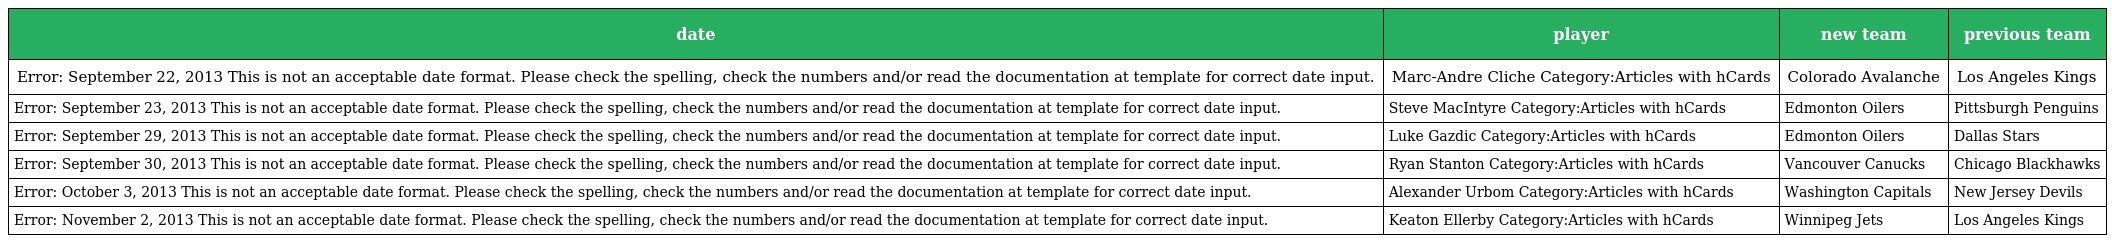
| date | player | new team | previous team |
 | --- | --- | --- | --- |
 | Error: September 22, 2013 This is not an acceptable date format. Please check the spelling, check the numbers and/or read the documentation at template for correct date input. | Marc-Andre Cliche Category:Articles with hCards | Colorado Avalanche | Los Angeles Kings |
 | Error: September 23, 2013 This is not an acceptable date format. Please check the spelling, check the numbers and/or read the documentation at template for correct date input. | Steve MacIntyre Category:Articles with hCards | Edmonton Oilers | Pittsburgh Penguins |
 | Error: September 29, 2013 This is not an acceptable date format. Please check the spelling, check the numbers and/or read the documentation at template for correct date input. | Luke Gazdic Category:Articles with hCards | Edmonton Oilers | Dallas Stars |
 | Error: September 30, 2013 This is not an acceptable date format. Please check the spelling, check the numbers and/or read the documentation at template for correct date input. | Ryan Stanton Category:Articles with hCards | Vancouver Canucks | Chicago Blackhawks |
 | Error: October 3, 2013 This is not an acceptable date format. Please check the spelling, check the numbers and/or read the documentation at template for correct date input. | Alexander Urbom Category:Articles with hCards | Washington Capitals | New Jersey Devils |
 | Error: November 2, 2013 This is not an acceptable date format. Please check the spelling, check the numbers and/or read the documentation at template for correct date input. | Keaton Ellerby Category:Articles with hCards | Winnipeg Jets | Los Angeles Kings |